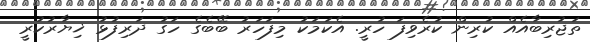
ތަޖުރިބާއެއް ކުރިން ކުރެވިފަ ހުރީ. އެކަމަކު މިފަހަރު ބޭބެގެ ހަގު ދަރިފުޅު ޚިޔާރުކުރީ